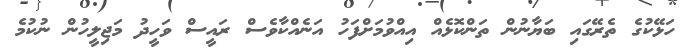
ހަޅޭކުގެ ތެރޭގައި ބަޔާނުން ތަންކޮޅެއް އިއްވުމަށްފަހު އަނެއްކާވެސް ރައީސް ވަހީދު މަޖިލީހުން ނުކުމެ